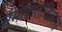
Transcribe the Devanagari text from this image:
समेकितविकास